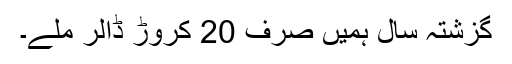
گزشتہ سال ہمیں صرف 20 کروڑ ڈالر ملے۔